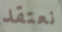
نعتقد